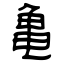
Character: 亀